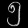
Digit: ၅